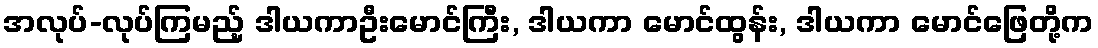
အလုပ်-လုပ်ကြမည့် ဒါယကာဦးမောင်ကြီး, ဒါယကာ မောင်ထွန်း, ဒါယကာ မောင်ဖြေတို့က